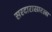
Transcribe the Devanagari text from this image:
सरदारासारखा